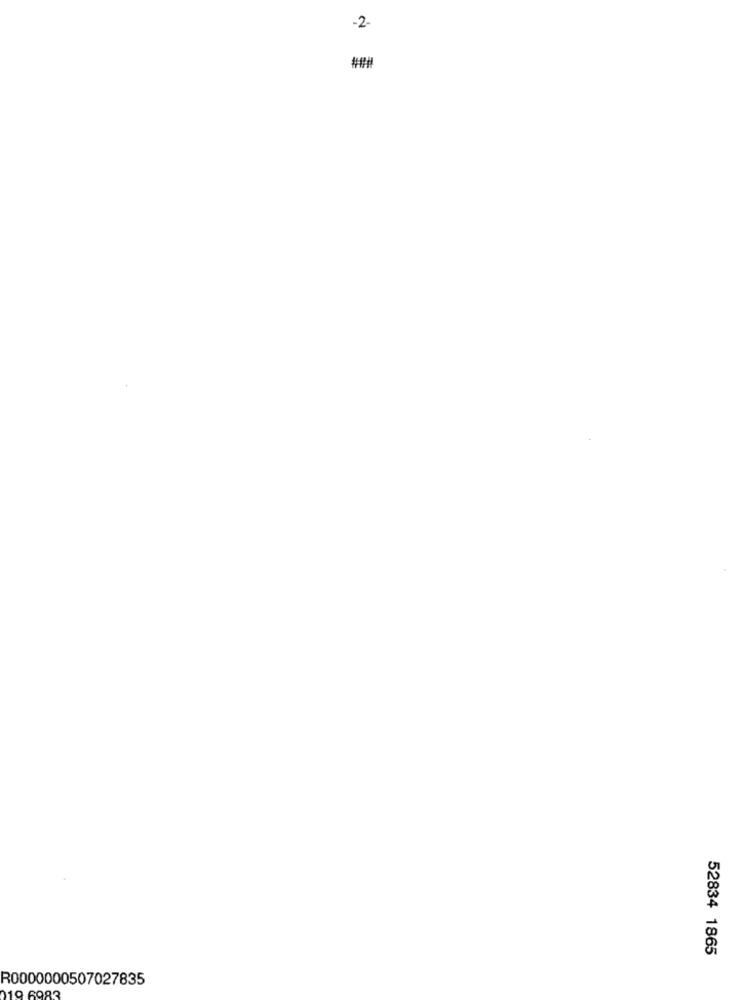
-2-
52834 1865
R0000000507027835
19 6983